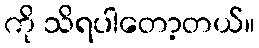
ကို သိရပါတော့တယ်။